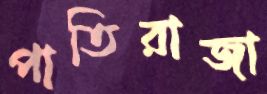
পাতিরাজা